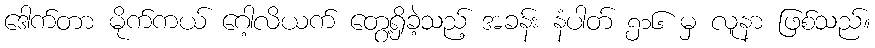
ဒေါက်တာ မိုက်ကယ် ဂေါ့လိယက် တွေ့ရှိခဲ့သည့် အခန်း နံပါတ် ၅၁၆ မှ လူနာ ဖြစ်သည်။